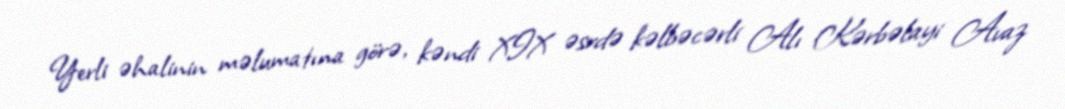
Yerli əhalinin məlumatına görə, kəndi XIX əsrdə kəlbəcərli Alı Kərbəlayi Avaz